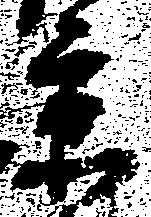
京